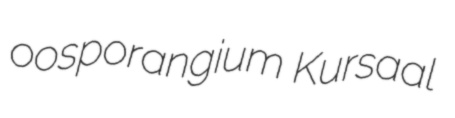
oosporangium Kursaal